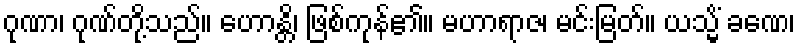
ဂုဏာ၊ ဂုဏ်တို့သည်။ ဟောန္တိ၊ ဖြစ်ကုန်၏။ မဟာရာဇ၊ မင်းမြတ်။ ယသ္မိံ ခဏေ၊